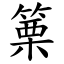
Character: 篥